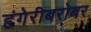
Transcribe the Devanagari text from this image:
हंगेरीबरोबर